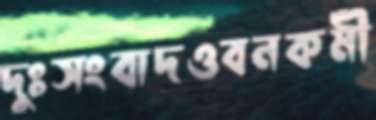
দুঃসংবাদওবনকর্মী